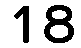
18